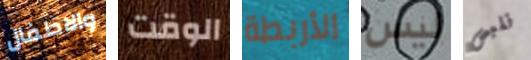
والاطفال الوقت الأربطة ليس نلبس